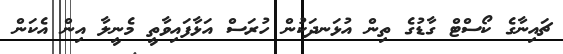
ޗައިނާގެ ކޯސްޓް ގާޑުގެ ތިން އުޅަނދަކުން ހުރަސް އަޅާފައިވާތީ މެނީލާ އިން އެކަން